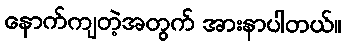
နောက်ကျတဲ့အတွက် အားနာပါတယ်။